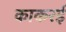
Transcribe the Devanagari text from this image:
काकरई